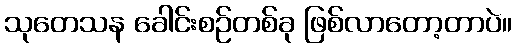
သုတေသန ခေါင်းစဉ်တစ်ခု ဖြစ်လာတော့တာပဲ။